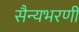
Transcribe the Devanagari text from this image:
सैन्यभरणी